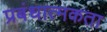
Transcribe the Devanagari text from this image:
प्रबंधात्मकता